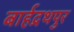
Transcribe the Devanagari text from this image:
बार्हद्रथपुर